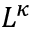
L ^ { \kappa }